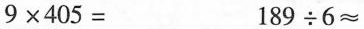
$$9 \times 4 0 5 =$$$$1 8 9 \div 6 \approx$$